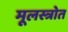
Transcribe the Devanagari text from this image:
मूलस्त्रोत